system: You are a helpful assistant.
user:
Analyze the provided spectrum to determine if it is a **S-type Star**.

- **Key Indicators for S-type Star:**

    - **(Overall Spectrum Shape):** The first and most obvious characteristic is the overall continuum (the "baseline" shape). It is **extremely "red-sloping,"** meaning the flux (light intensity) is very low on the left side (blue, ~4000-4500 Å) and rises steeply and continuously toward the right side (red, ~7000 Å+).

    - **(Primary):** The spectrum is defined by the presence of strong, broad molecular absorption "valleys" (bands) from **Zirconium Oxide (ZrO)**. The identification of these bands is the **primary requirement** for classifying a star as S-type.
        - **(Key Bandheads):** You must find distinct, deep "dips" where the light has been absorbed. The most critical band systems to locate are:
            - **~6474 Å** ($\gamma$-system): This is often the strongest and clearest ZrO feature, found in the red part of the spectrum.
            - **~5718 Å** & **~5551 Å** ($\beta$-system): A pair of prominent absorption features in the yellow-orange part of the spectrum.
            - **~4640 Å** ($\alpha$-system): A key absorption band system in the blue-green region of the spectrum.

    - **(Secondary Confirmation):** The classification is strengthened by finding additional absorption bands from other related heavy element oxides, which are expected to be present alongside ZrO.
        - **(Key Bandheads):**
            - **Yttrium Oxide (YO):** Look for absorption dips near **~4800 Å** and **~6100 Å**.
            - **Lanthanum Oxide (LaO):** Additional absorption features, particularly in the red-orange part of the spectrum, are also characteristic.

    - **(Line Profile):** The combination of the steep red continuum and these numerous, deep molecular bands (ZrO, YO, etc.) gives the entire spectrum a very **"chopped-up"** or **"bumpy"** appearance. Instead of a smooth curve, the spectrum looks as though large, wide chunks of light have been "carved out" of it at the specific wavelengths listed above.

Think first, call **spectral_visualization_tool** if needed to examine features in detail, then provide your final answer. Your response must adhere to the following strict rules:
1.  **Overall Structure:** Your response must follow the format `<think>...</think> <tool_call>...</tool_call> (if a tool is used) <answer>...</answer>`.
2.  **Tool Usage Constraint:** You may only make **one** tool call per turn.
3.  **Final Answer Format:** In the `<answer>` tag, your conclusion must be inside a `\boxed{}` command (e.g., `\boxed{YES}` or `\boxed{NO}`), followed by your justification.

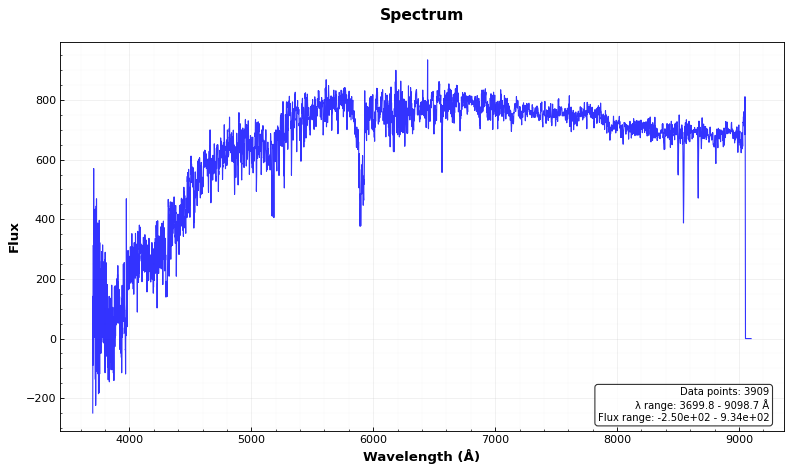
Answer: NO